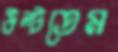
উল্‌টতেম